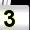
Digit: 3